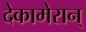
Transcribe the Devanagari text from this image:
देकामेरान्